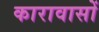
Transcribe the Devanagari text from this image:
कारावासों